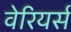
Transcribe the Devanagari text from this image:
वेरियर्स